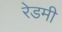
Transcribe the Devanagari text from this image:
रेडमी